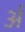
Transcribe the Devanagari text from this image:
र्अ